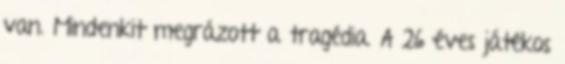
van. Mindenkit megrázott a tragédia. A 26 éves játékos